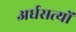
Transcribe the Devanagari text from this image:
अर्धसत्यों